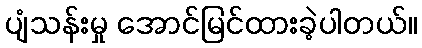
ပျံသန်းမှု အောင်မြင်ထားခဲ့ပါတယ်။